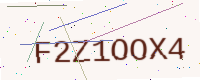
Text: F2Z1OOX4